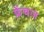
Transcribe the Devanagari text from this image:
फ्रेंचज